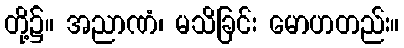
တို့၌။ အညာဏံ၊ မသိခြင်း မောဟတည်း။